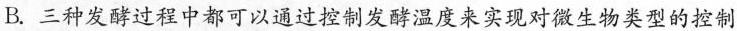
B.三种发酵过程中都可以通过控制发酵温度来实现对微生物类型的控制